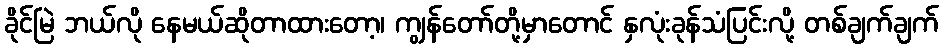
ခိုင်မြဲ ဘယ်လို နေမယ်ဆိုတာထားတော့၊ ကျွန်တော်တို့မှာတောင် နှလုံးခုန်သံပြင်းလို့ တစ်ချက်ချက်